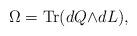
LaTeX: \begin{align*}\Omega = {\rm Tr}(dQ{\wedge}dL), \end{align*}